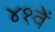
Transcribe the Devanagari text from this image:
४१वें